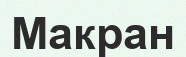
Макран